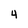
Character: 4